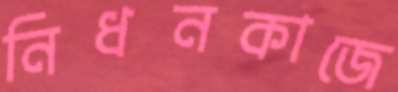
নিধনকাজে